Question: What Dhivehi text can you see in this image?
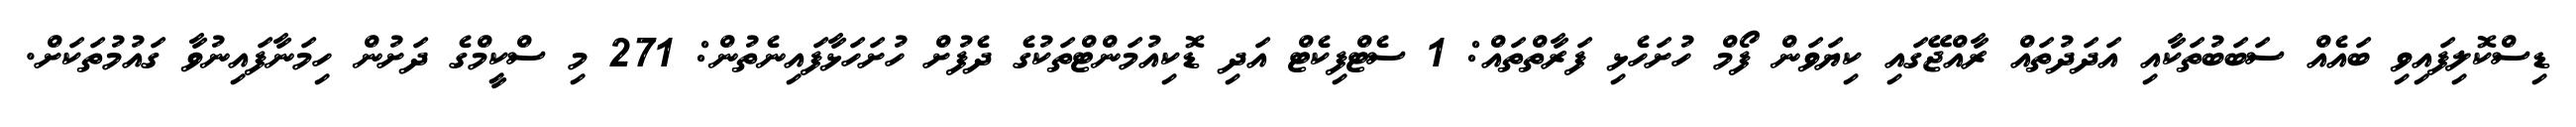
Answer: ޑިސްކޮލިފައިވި ބައެއް ސަބަބުތަކާއި އަދަދުތައް ރާއްޖޭގައި ކިޔަވަން ފޯމް ހުށަހެޅި ފަރާތްތައް: 1 ސެޓްފިކެޓް އަދި ޑޮކިއުމަންޓްތަކުގެ ދެފުށް ހުށަހަޅާފައިނެތުން: 271 މި ސްކީމްގެ ދަށުން ހިމަނާފައިނުވާ ގައުމުތަކަށް.